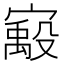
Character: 𫴈